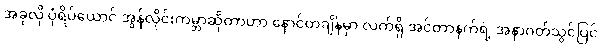
အခုလို ပုံရိပ်ယောင် အွန်လိုင်းကမ္ဘာဆိုတာဟာ နောင်တချိန်မှာ လက်ရှိ အင်တာနက်ရဲ့ အနာဂတ်သွင်ပြင်